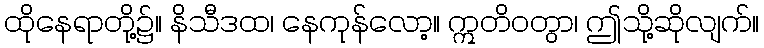
ထိုနေရာတို့၌။ နိသီဒထ၊ နေကုန်လော့။ ဣတိဝတွာ၊ ဤသို့ဆိုလျက်။